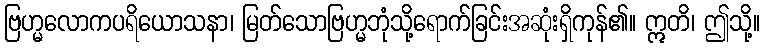
ဗြဟ္မလောကပရိယောသနာ၊ မြတ်သောဗြဟ္မဘုံသို့ရောက်ခြင်းအဆုံးရှိကုန်၏။ ဣတိ၊ ဤသို့။